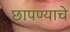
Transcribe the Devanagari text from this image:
छापण्याचे